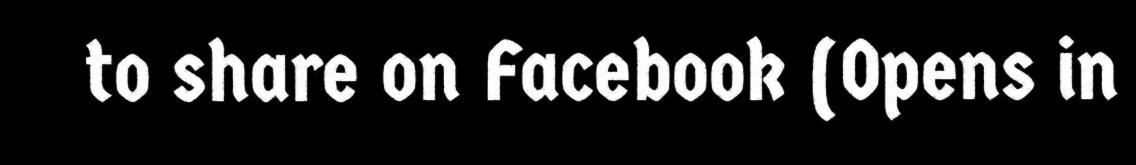
to share on Facebook (Opens in